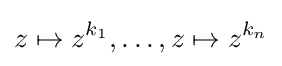
z\mapsto z^{k_{1}},\dots ,z\mapsto z^{k_{n}}